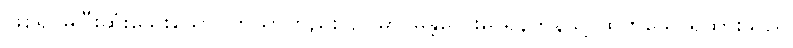
ဖြစ်၍ မပြီးဆုံးသေးသော)ကြိယာတည်း၊ ဥပမာ-မန္တလေးမှ ရန်ကုန်သို့ ထွက်သောရထားသည်